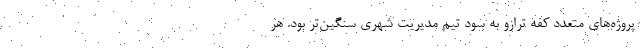
پروژه‌های متعدد کفه ترازو به سود تیم مدیریت شهری سنگین‌تر بود. هر